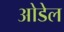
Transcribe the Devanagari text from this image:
ओडेल